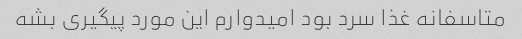
متاسفانه غذا سرد بود امیدوارم این مورد پیگیری بشه